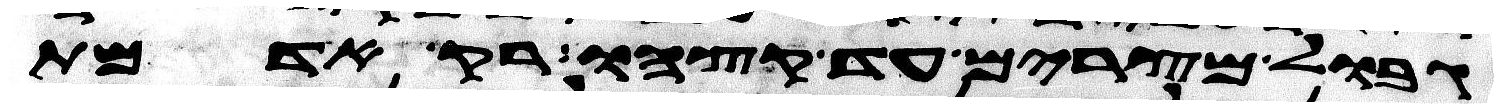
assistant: גבול מצרים עד קצהו רק אדמת